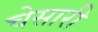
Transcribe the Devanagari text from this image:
चेसारी